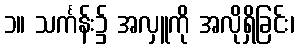
၁။ သင်္ကန်း၌ အလှူကို အလိုရှိခြင်း၊